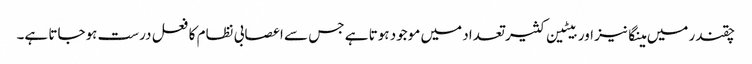
چقندر میں مینگانیز اور بیٹین کثیر تعداد میں موجود ہوتا ہے جس سے اعصابی نظام کا فعل درست ہوجاتا ہے۔